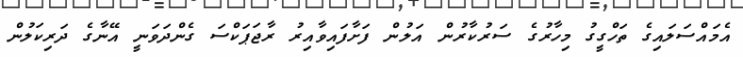
އެމައްސަލައިގެ ތަހްގީގު މިހާރުގެ ސަރުކާރުން އަލުން ފަށާފައިވާއިރު ރާޖަޕަކްސަ ގެންދަވަނީ އޭނާގެ ދަރިކަލުން